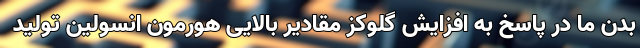
بدن ما در پاسخ به افزایش گلوکز مقادیر بالایی هورمون انسولین تولید